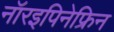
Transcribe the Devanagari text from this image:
नॉरइपिनेफ्रिन